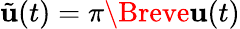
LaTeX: \tilde{\mathbf{u}}(t)=\pi\Breve{\mathbf{u}}(t)